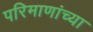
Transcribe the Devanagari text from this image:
परिमाणांच्या